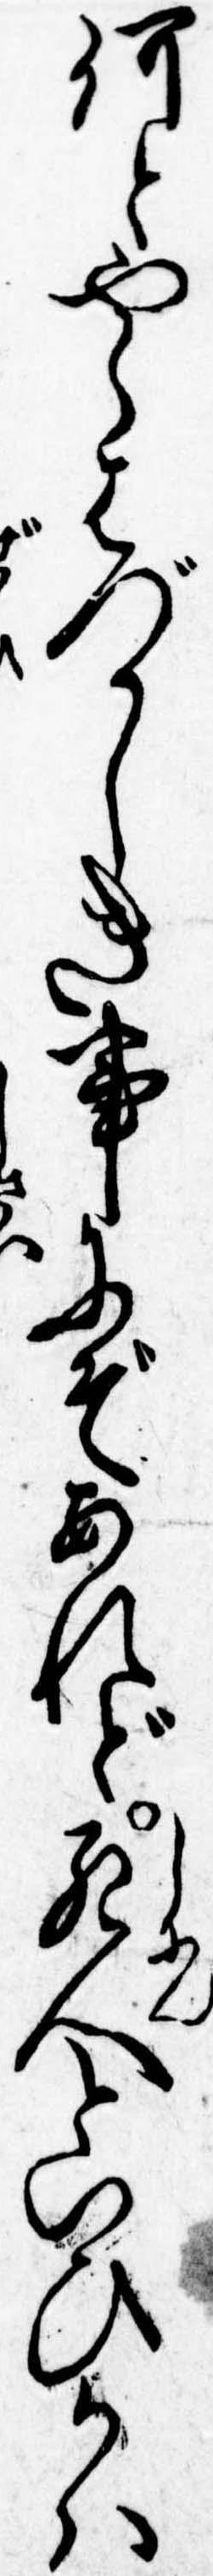
何とやらはづかしき事にぞあれど死人といひかは